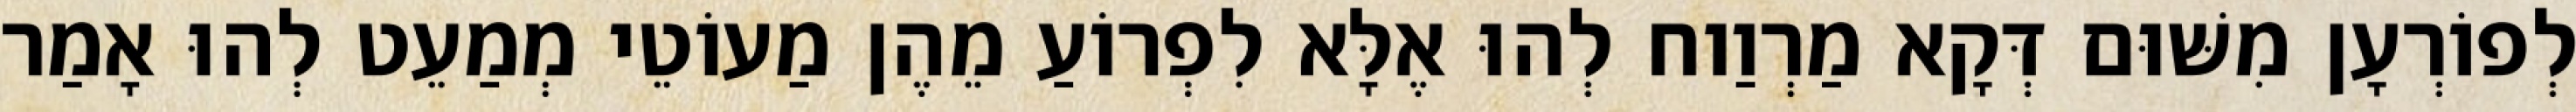
לְפוֹרְעָן מִשּׁוּם דְּקָא מַרְוַוח לְהוּ אֶלָּא לִפְרוֹעַ מֵהֶן מַעוֹטֵי מְמַעֵט לְהוּ אָמַר